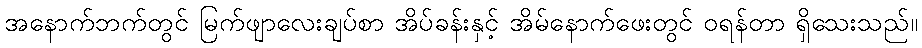
အနောက်ဘက်တွင် မြက်ဖျာလေးချပ်စာ အိပ်ခန်းနှင့် အိမ်နောက်ဖေးတွင် ဝရန်တာ ရှိသေးသည်။